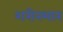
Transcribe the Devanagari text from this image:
शरीरभार